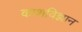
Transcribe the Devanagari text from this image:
काशविज्ञान